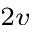
_ { 2 v }